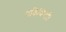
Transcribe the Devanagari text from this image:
प्रविधियाँ।